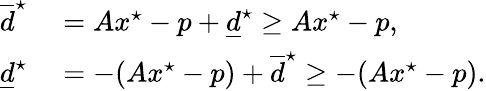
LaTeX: \begin{array}{rl}{\overline{d}^{\star}}&{{}=Ax^{\star}-p+\underline{d}^{\star}\geq Ax^{\star}-p,}\\ {\underline{d}^{\star}}&{{}=-(Ax^{\star}-p)+\overline{d}^{\star}\geq-(Ax^{\star}-p).}\end{array}